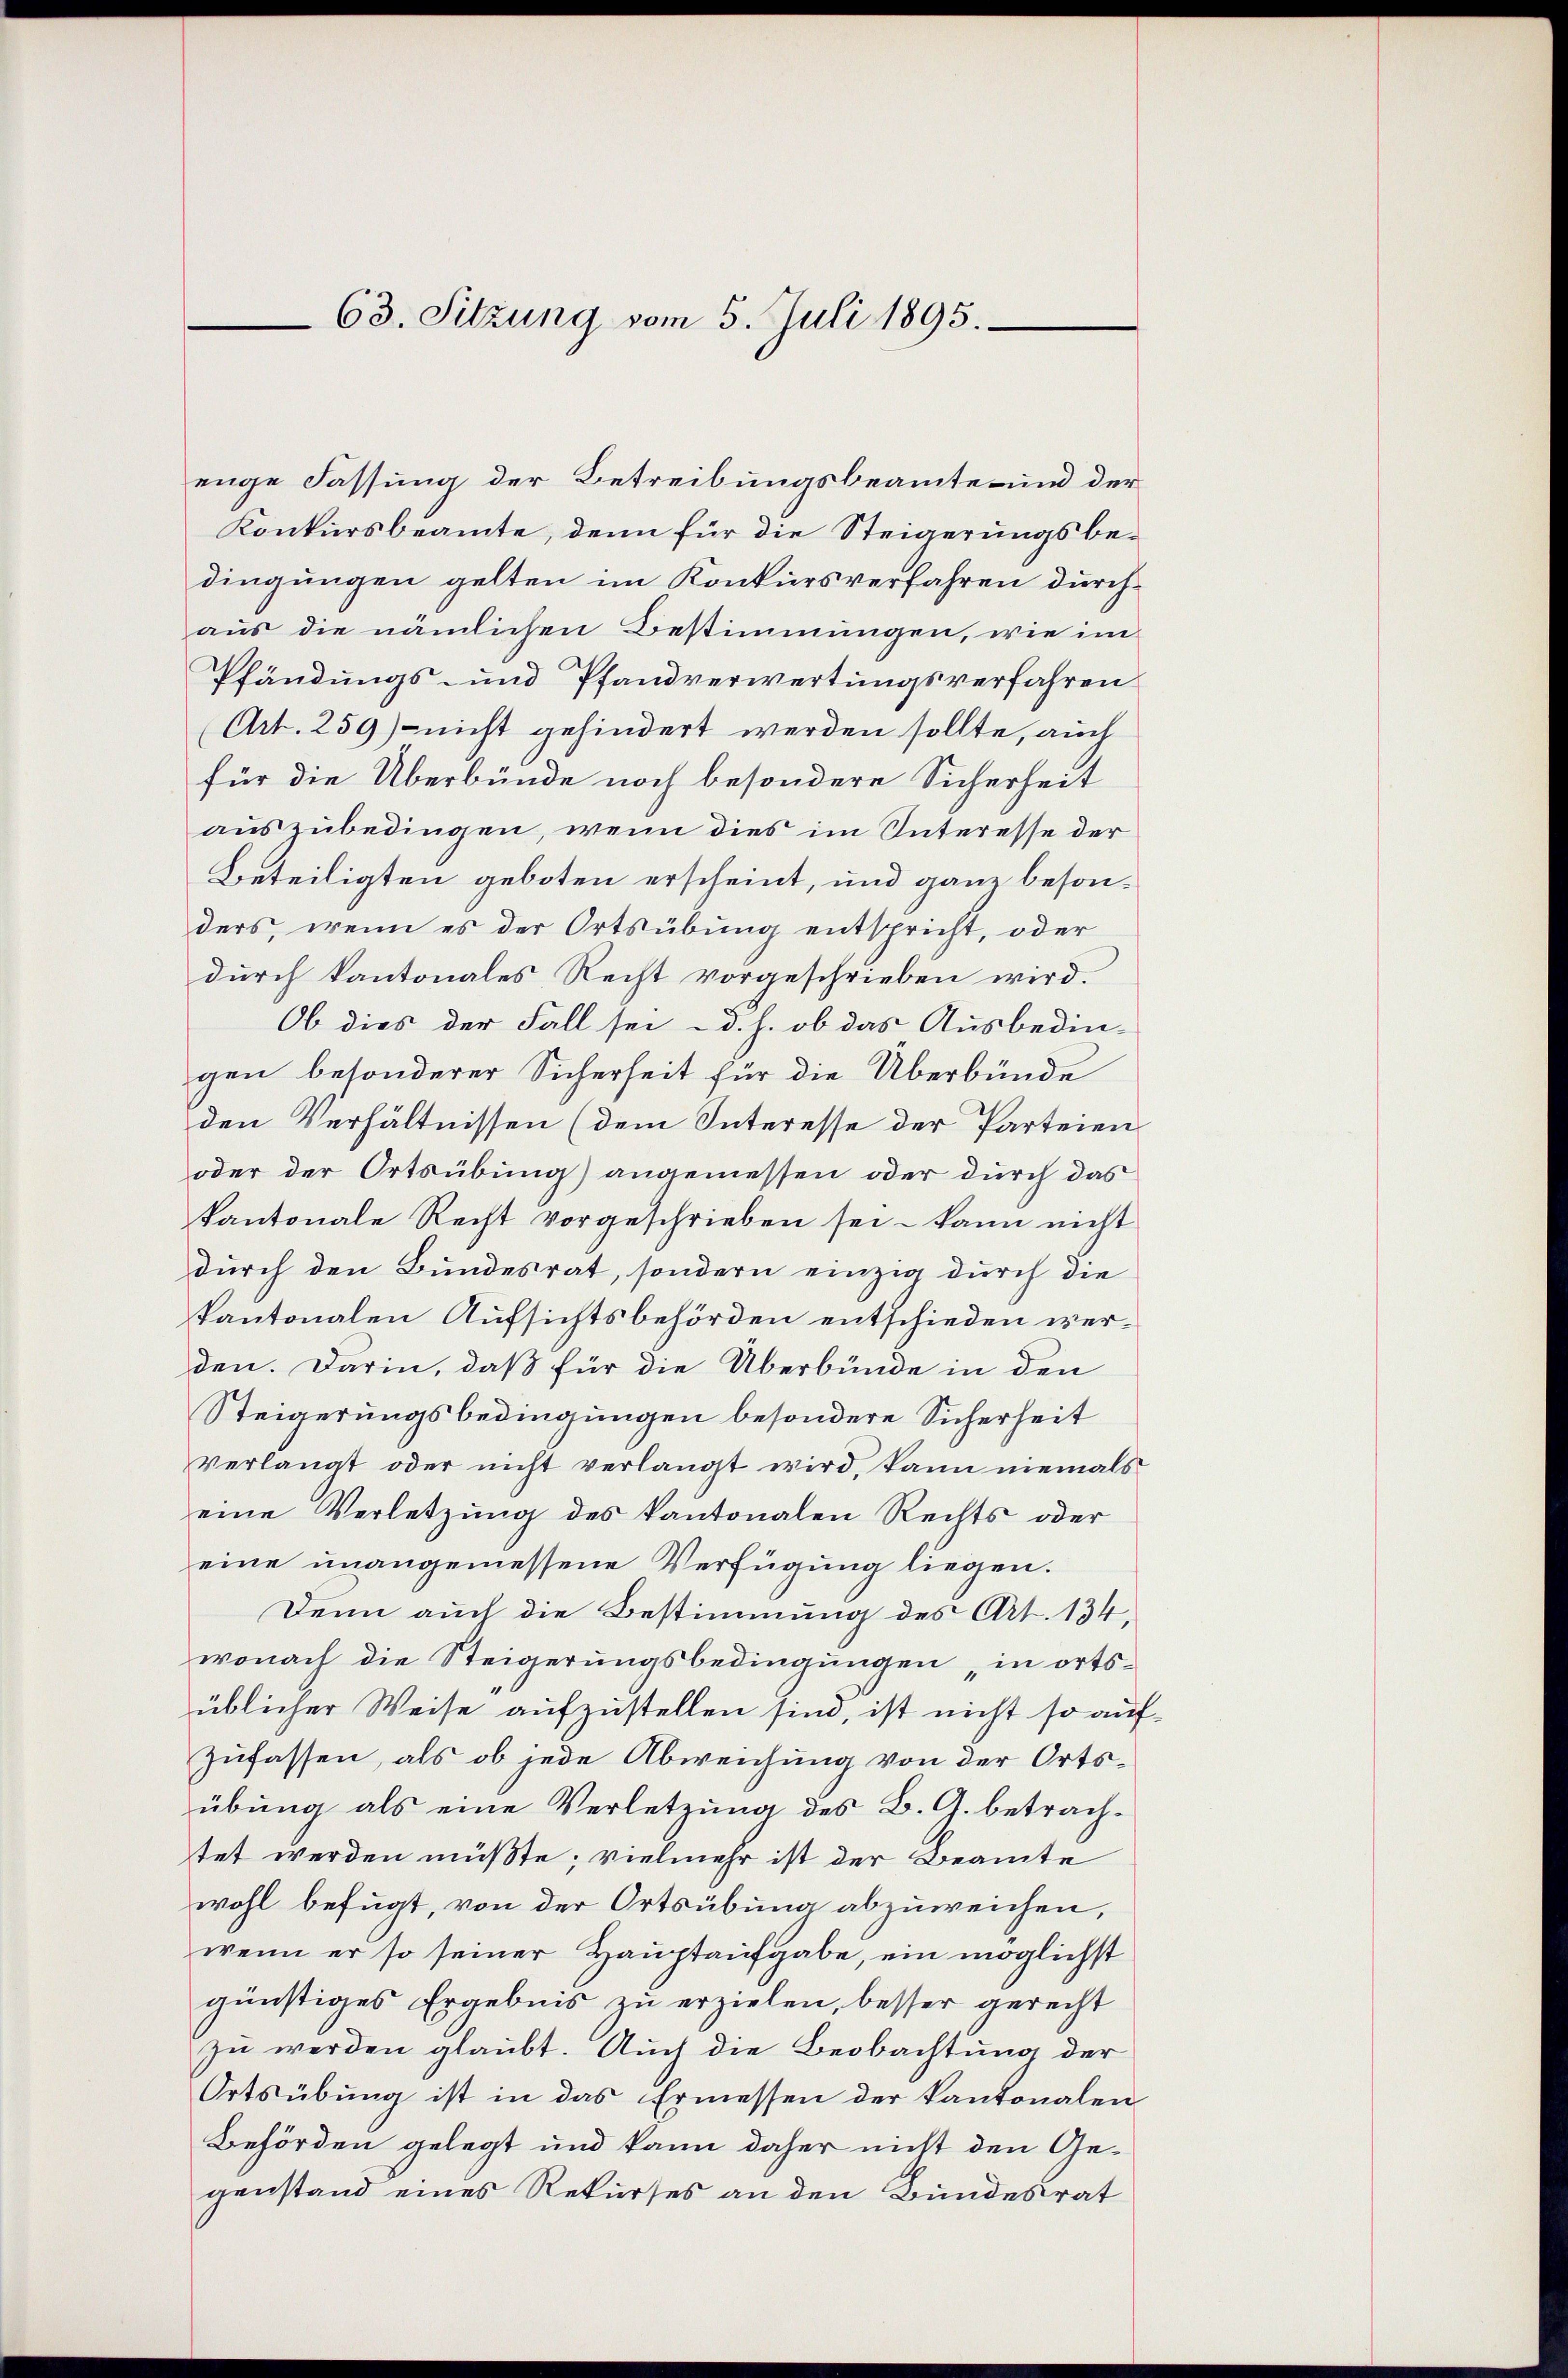
63. Sitzung vom 5. Juli 1895.

enge Fassung der Betreibungsbeamte und der
Konkursbeamte, denn für die Steigerungsbedingungen gelten im Konkursverfahren durchaus die nämlichen Bestimmungen, wie im
Pfändungs- und Pfandverwertungsverfahren
Art. 259) - nicht gehindert werden sollte, auch
für die Überbünde noch besondere Sicherheit
auszubedingen, wenn dies im Interesse der
Beteiligten geboten erscheint, und ganz besonders, wenn es der Ortsübung entspricht, oder
durch kantonales Recht vorgeschrieben wird.
Ob dies der Fall sei d. h. ob das Ausbedin-
gen besonderer Sicherheit für die Überbünde
den Verhältnissen (dem Interesse der Parteien
oder der Ortsübung) angemessen oder durch das
kantonale Recht vorgeschrieben sei – kann nicht
durch den Bundesrat, sondern einzig durch die
kantonalen Aufsichtsbehörden entschieden werden. Darin, daß für die Überbünde in den
Steigerungsbedingungen besondere Sicherheit
verlangt oder nicht verlangt wird, kann niemals
eine Verletzŭng des kantonalen Rechts oder
eine unangemessene Verfügung liegen.
Denn auch die Bestimmung des Art. 134,
wonach die Steigerungsbedingungen „in ortsüblicher Weise aufzustellen sind, ist nicht so auf
zufassen, als ob jede Abweichung von der Ortsübung als eine Verletzung des B. G. betrachtet werden müßte; vielmehr ist der Beamte
wohl befugt, von der Ortsübung abzuweichen,
wenn er so seiner Hauptaufgabe, ein möglichst
günstiges Ergebnis zu erzielen, besser gerecht
zu werden glaubt. Auch die Beobachtung der
Ortsübung ist in das Ermessen der Kantonalen
Behörden gelegt und kann daher nicht den Gegenstand eines Rekurses an den Bundesrat